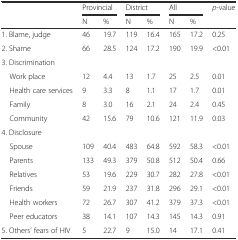
<table><thead><tr><td rowspan="2"></td><td colspan="2"><b>Provincial</b></td><td colspan="2"><b>District</b></td><td colspan="2"><b>All</b></td><td rowspan="2"><b><i>p</i>-value</b></td></tr><tr><td><b>N</b></td><td><b>%</b></td><td><b>N</b></td><td><b>%</b></td><td><b>N</b></td><td><b>%</b></td></tr></thead><tbody><tr><td>1. Blame, judge</td><td>46</td><td>19.7</td><td>119</td><td>16.4</td><td>165</td><td>17.2</td><td>0.25</td></tr><tr><td>2. Shame</td><td>66</td><td>28.5</td><td>124</td><td>17.2</td><td>190</td><td>19.9</td><td>&lt;0.01</td></tr><tr><td>3. Discrimination</td><td></td><td></td><td></td><td></td><td></td><td></td><td></td></tr><tr><td> Work place</td><td>12</td><td>4.4</td><td>13</td><td>1.7</td><td>25</td><td>2.5</td><td>0.01</td></tr><tr><td> Health care services</td><td>9</td><td>3.3</td><td>8</td><td>1.1</td><td>17</td><td>1.7</td><td>0.01</td></tr><tr><td> Family</td><td>8</td><td>3.0</td><td>16</td><td>2.1</td><td>24</td><td>2.4</td><td>0.45</td></tr><tr><td> Community</td><td>42</td><td>15.6</td><td>79</td><td>10.6</td><td>121</td><td>11.9</td><td>0.03</td></tr><tr><td>4. Disclosure</td><td></td><td></td><td></td><td></td><td></td><td></td><td></td></tr><tr><td> Spouse</td><td>109</td><td>40.4</td><td>483</td><td>64.8</td><td>592</td><td>58.3</td><td>&lt;0.01</td></tr><tr><td> Parents</td><td>133</td><td>49.3</td><td>379</td><td>50.8</td><td>512</td><td>50.4</td><td>0.66</td></tr><tr><td> Relatives</td><td>53</td><td>19.6</td><td>229</td><td>30.7</td><td>282</td><td>27.8</td><td>&lt;0.01</td></tr><tr><td> Friends</td><td>59</td><td>21.9</td><td>237</td><td>31.8</td><td>296</td><td>29.1</td><td>&lt;0.01</td></tr><tr><td> Health workers</td><td>72</td><td>26.7</td><td>307</td><td>41.2</td><td>379</td><td>37.3</td><td>&lt;0.01</td></tr><tr><td> Peer educators</td><td>38</td><td>14.1</td><td>107</td><td>14.3</td><td>145</td><td>14.3</td><td>0.91</td></tr><tr><td>5. Others’ fears of HIV</td><td>5</td><td>22.7</td><td>9</td><td>15.0</td><td>14</td><td>17.1</td><td>0.41</td></tr></tbody></table>